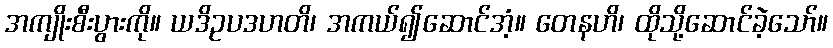
အကျိုးစီးပွားကို။ ယဒိဥပဒဟတိ၊ အကယ်၍ဆောင်အံ့။ တေနဟိ၊ ထိုသို့ဆောင်ခဲ့သော်။